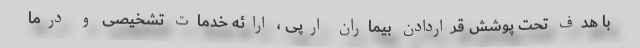
با هدف تحت پوشش قراردادن بیماران ارپی ، ارائه خدمات تشخیصی و درما